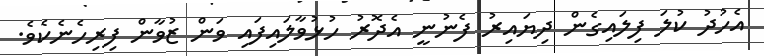
އެހުދު ކުލަ ފިލައިގެން ދިޔައިރު ފެނުނީ އެދޮރު ހުޅުވާލައިފައި ވަން ޒުވާން ފިރިހެނެކެވެ.